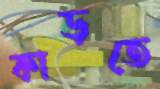
কাড়তে